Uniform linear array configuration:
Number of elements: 64
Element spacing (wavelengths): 0.5
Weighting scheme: exponential
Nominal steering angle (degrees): -15
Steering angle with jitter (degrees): -14.799
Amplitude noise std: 0.05
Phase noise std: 0.05

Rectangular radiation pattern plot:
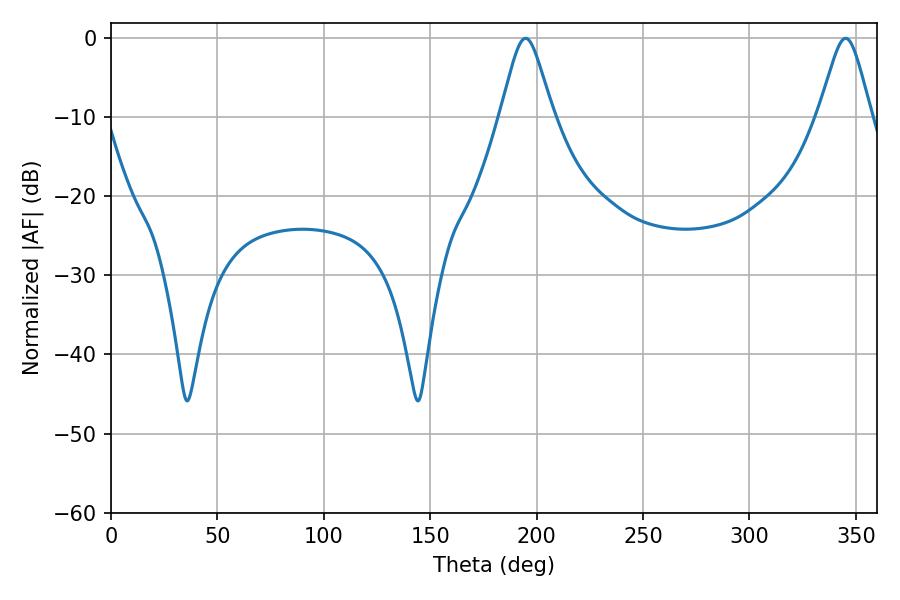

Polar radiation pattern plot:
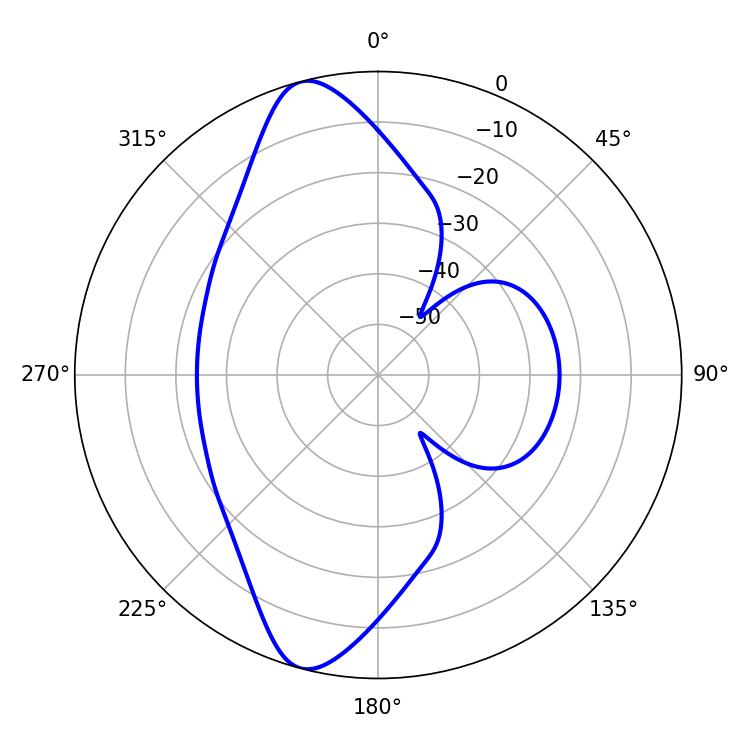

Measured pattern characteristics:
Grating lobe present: FALSE
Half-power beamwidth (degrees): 11.88
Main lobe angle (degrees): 194.76